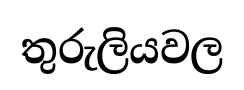
තුරුලියවල